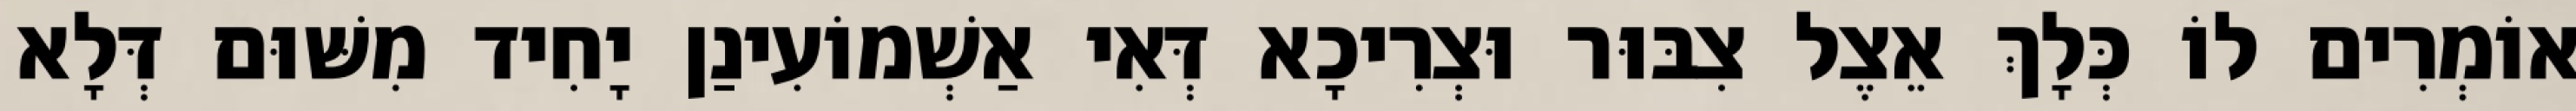
אוֹמְרִים לוֹ כְּלָךְ אֵצֶל צִבּוּר וּצְרִיכָא דְּאִי אַשְׁמוֹעִינַן יָחִיד מִשּׁוּם דְּלָא